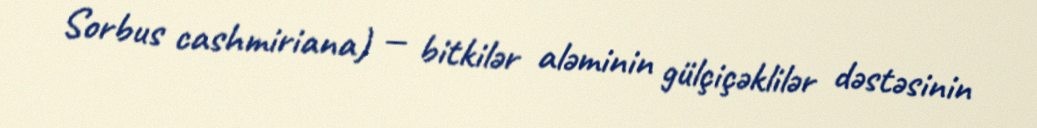
Sorbus cashmiriana) — bitkilər aləminin gülçiçəklilər dəstəsinin